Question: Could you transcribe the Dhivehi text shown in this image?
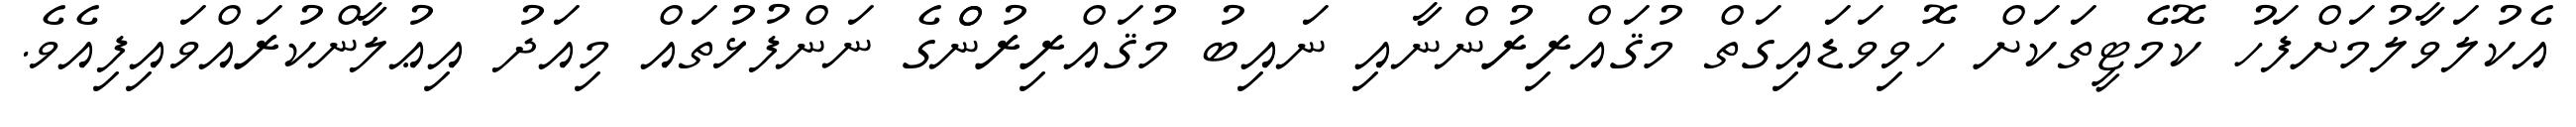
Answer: އެކުލަވާލުމަށްފަހު ކޮމެޓީތަކަށް ހޮވިވަޑައިގަތް މުޤައްރިރުންނާއި ނައިބު މުޤައްރިރުންްގެ ނަންފުޅުތައް މިއަދު އިޢުލާންކުރައްވައިފިއެވެ.